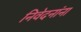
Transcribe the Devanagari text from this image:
निवेदनांना